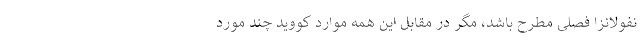
نفولانزا فصلی مطرح باشد، مگر در مقابل این همه موارد کووید چند مورد